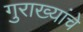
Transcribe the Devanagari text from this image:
गुराख्यांचे